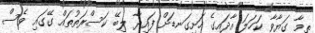
ތިމާ ގަޔާވާ ކަހަލަ އާދައިގެ ހަށިގަނޑަށް ފައިދާ ލިބޭ ކަސްރަތުތައް ގޭގައި ވެސް